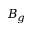
B _ { g }